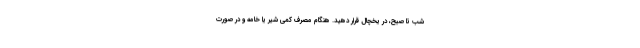
شب تا صبح، در یخچال قرار دهید. هنگام مصرف کمی شیر یا خامه و در صورت